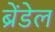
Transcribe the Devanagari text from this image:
ब्रेंडेल